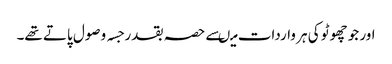
اور جو چھوٹو کی ہر واردات میںسے حصہ بقدر جسہ وصول پاتے تھے۔